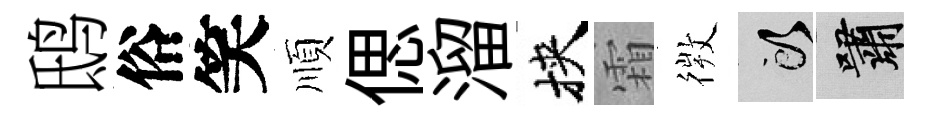
鸱俗笑順偲溜挾霜𢕄頭嘯